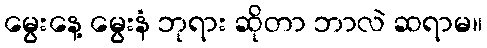
မွေးနေ့ မွေးနံ ဘုရား ဆိုတာ ဘာလဲ ဆရာမ။